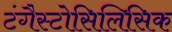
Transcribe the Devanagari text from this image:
टंगैस्टोसिलिसिक